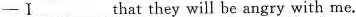
—Ⅰ___ that they will be angry with me.